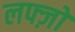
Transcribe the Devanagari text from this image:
लफ्ज़ों